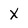
Character: X